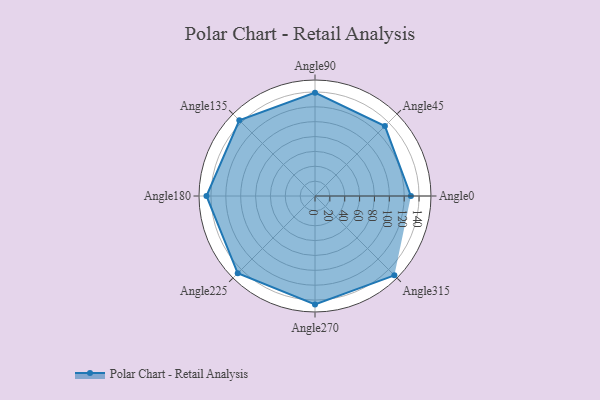
{"axis": {"x": "Angle", "y": "Radius"}, "legend": [""], "data": [{"x": "Angle0", "y": 129.0, "type": ""}, {"x": "Angle45", "y": 133.0, "type": ""}, {"x": "Angle90", "y": 139.0, "type": ""}, {"x": "Angle135", "y": 144.0, "type": ""}, {"x": "Angle180", "y": 146.0, "type": ""}, {"x": "Angle225", "y": 147.0, "type": ""}, {"x": "Angle270", "y": 146.0, "type": ""}, {"x": "Angle315", "y": 151.0, "type": ""}]}